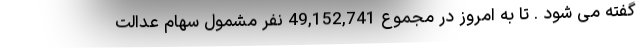
گفته می شود . تا به امروز در مجموع 49,152,741 نفر مشمول سهام عدالت